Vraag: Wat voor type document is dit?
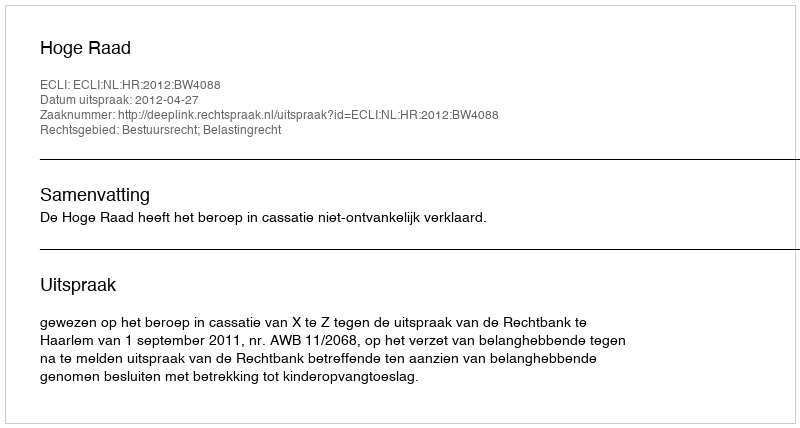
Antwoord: Uitspraak